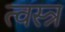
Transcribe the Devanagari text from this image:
त्वस्त्र